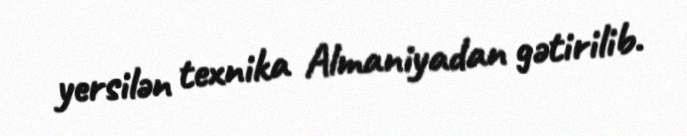
yersilən texnika Almaniyadan gətirilib.